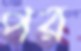
পর